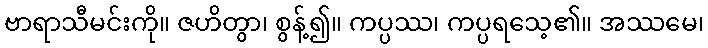
ဗာရာသီမင်းကို။ ဇဟိတွာ၊ စွန့်၍။ ကပ္ပဿ၊ ကပ္ပရသေ့၏။ အဿမေ၊